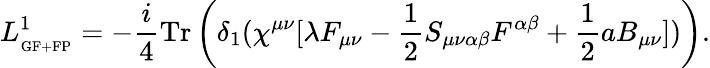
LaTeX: L_{_{\mathrm{GF+FP}}}^{1}=-\frac{i}{4}\mathrm{Tr}\left(\delta_{1}(\chi^{\mu\nu}[\lambda F_{\mu\nu}-\frac{1}{2}S_{\mu\nu\alpha\beta}F^{\alpha\beta}+\frac{1}{2}aB_{\mu\nu}])\right).